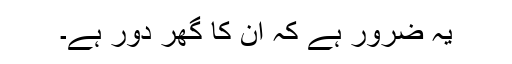
یہ ضرور ہے کہ ان کا گھر دور ہے۔